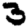
Digit: 3